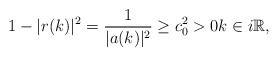
\begin{align*}1-|r(k)|^2=\frac{1}{|a(k)|^2} \geq c_{0}^2>0 k \in i \mathbb{R},\end{align*}